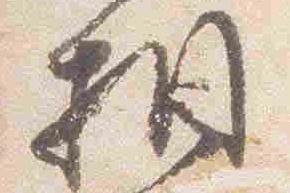
相